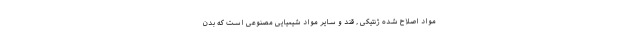
مواد اصلاح شده ژنتیکی , قند و سایر مواد شیمیایی مصنوعی است که بدن